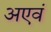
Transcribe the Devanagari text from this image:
अएवं